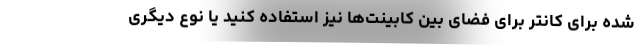
شده برای کانتر برای فضای بین کابینت‌ها نیز استفاده کنید یا نوع دیگری